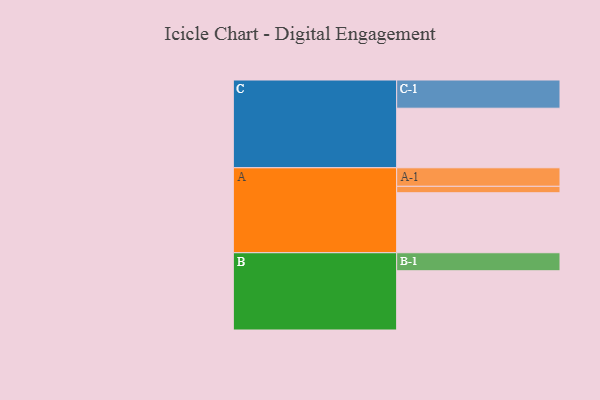
{"axis": {"x": "Segment", "y": "Value"}, "legend": ["", "A", "B", "C"], "data": [{"x": "A", "y": 570, "type": ""}, {"x": "B", "y": 563, "type": ""}, {"x": "C", "y": 566, "type": ""}, {"x": "A-1", "y": 176, "type": "A"}, {"x": "A-2", "y": 61, "type": "A"}, {"x": "B-1", "y": 171, "type": "B"}, {"x": "C-1", "y": 268, "type": "C"}]}